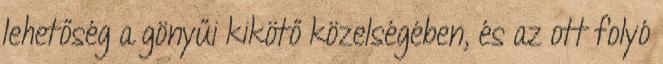
lehetőség a gönyűi kikötő közelségében, és az ott folyó